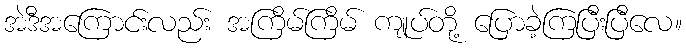
အဲဒီအကြောင်းလည်း အကြိမ်ကြိမ် ကျုပ်တို့ ပြောခဲ့ကြပြီးပြီလေ။